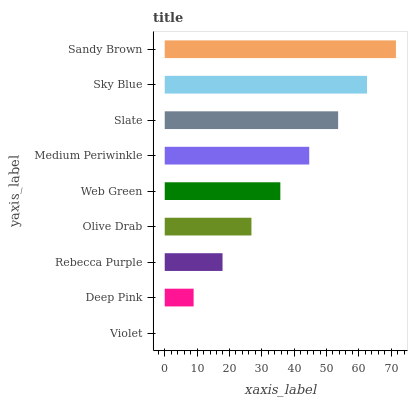
| yaxis_label | bars |
 | --- | --- |
 | Violet | 0 |
 | Deep Pink | 8.93 |
 | Rebecca Purple | 17.9 |
 | Olive Drab | 26.8 |
 | Web Green | 35.7 |
 | Medium Periwinkle | 44.7 |
 | Slate | 53.6 |
 | Sky Blue | 62.5 |
 | Sandy Brown | 71.5 |